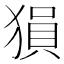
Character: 𤠔